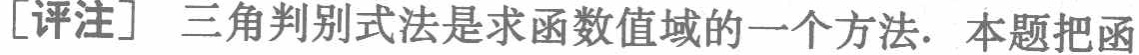
[评注] 三角判别式法是求函数值域的一个方法. 本题把函